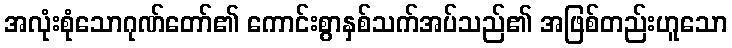
အလုံးစုံသောဂုဏ်တော်၏ ကောင်းစွာနှစ်သက်အပ်သည်၏ အဖြစ်တည်းဟူသော